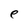
Character: e